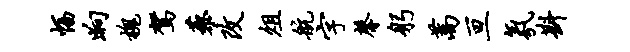
幅晌槐驾藜改俎航字馨躬蒿亘氛斟